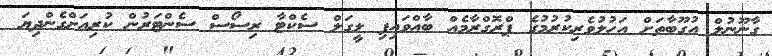
ގާނޫނުލް އުގޫބާތަށް އަހުލުވެރިކުރުމުގެ ޕްރޮގްރާމެއް ބާއްވައިފި ލީގަލް ސެކްޓާ ރިސޯސް ސެންޓަރުން ކުރިއަށްގެންދިޔަ